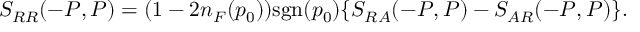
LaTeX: S _ { R R } ( - P , P ) = ( 1 - 2 n _ { F } ( p _ { 0 } ) ) \mathrm { s g n } ( p _ { 0 } ) \{ S _ { R A } ( - P , P ) - S _ { A R } ( - P , P ) \} .